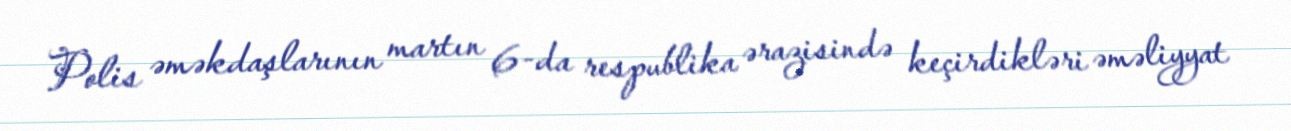
Polis əməkdaşlarının martın 6-da respublika ərazisində keçirdikləri əməliyyat